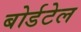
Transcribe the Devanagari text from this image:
बोर्डटेल